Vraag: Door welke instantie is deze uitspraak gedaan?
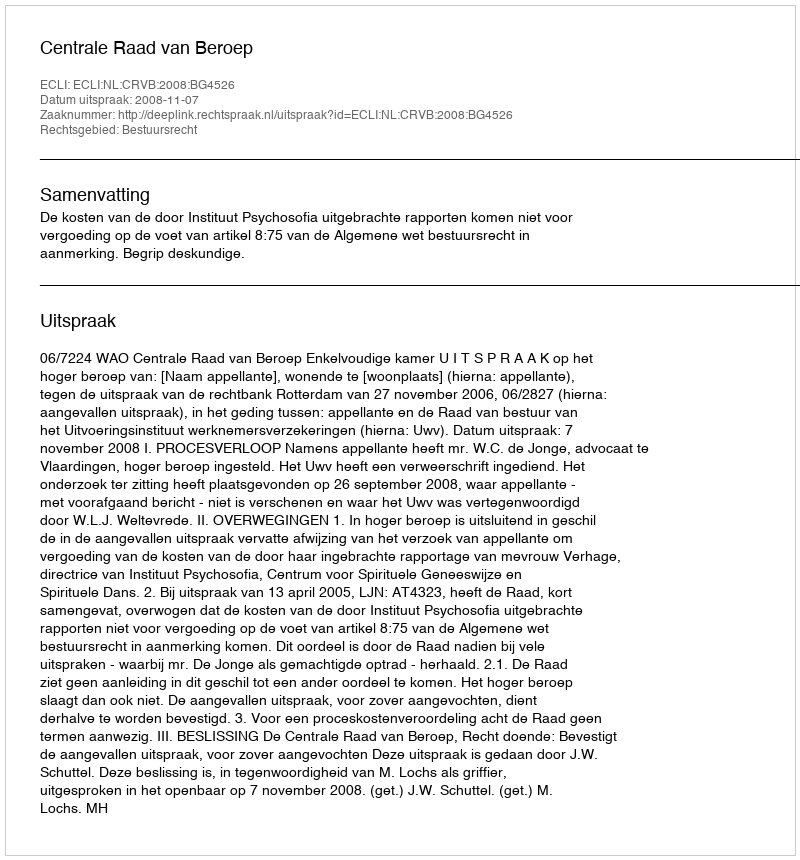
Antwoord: Centrale Raad van Beroep